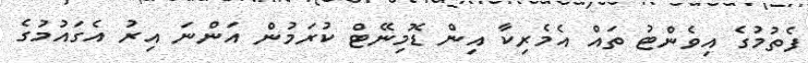
ފެތުމުގެ އިވެންޓު ތައް އެމެރިކާ އިން ޑޮމިނޭޓް ކުރަމުން އަންނަ އިރު އެގައުމުގެ